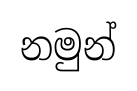
නමුන්